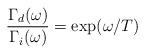
LaTeX: \begin{align*}\frac{\Gamma_d(\omega )}{\Gamma_i(\omega )} = \exp (\omega /T)\end{align*}